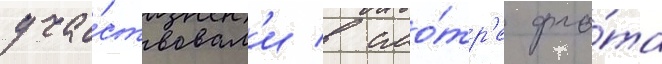
уча́ствовал'и в смо́тр'е фло́та